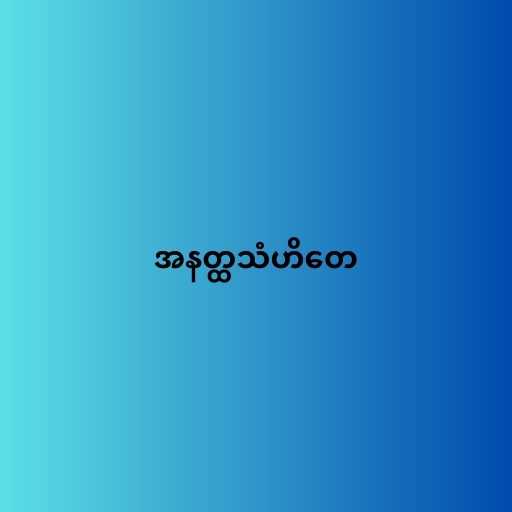
အနတ္ထသံဟိတေ